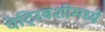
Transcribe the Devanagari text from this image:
पेट्रिबशीमध्ये